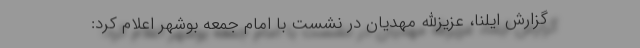
گزارش ایلنا، عزیزالله مهدیان در نشست با امام جمعه بوشهر اعلام کرد: